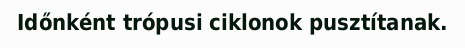
Időnként trópusi ciklonok pusztítanak.